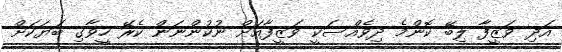
އަދި ވަޒީފާ ލިބޭ ކޮންމެ ދިވެއްސަކީ ވަޒީފާއަށް ނުކުންނަން ކެރޭ ހީވާގި ބަޔަކަށް